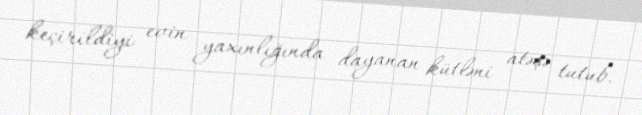
keçirildiyi evin yaxınlığında dayanan kütləni atəşə tutub.